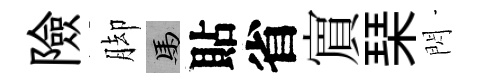
險脚馬貼省賔琹閃